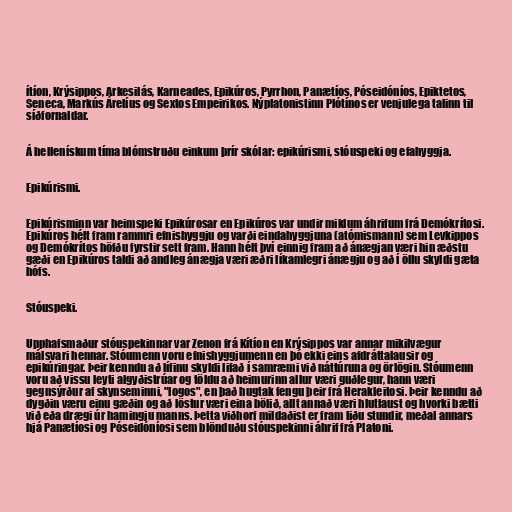
ítíon, Krýsippos, Arkesilás, Karneades, Epikúros, Pyrrhon, Panætíos, Póseidóníos, Epiktetos,
Seneca, Markús Árelíus og Sextos Empeirikos. Nýplatonistinn Plótínos er venjulega talinn til
síðfornaldar.

Á hellenískum tíma blómstruðu einkum þrír skólar: epikúrismi, stóuspeki og efahyggja.

Epikúrismi.

Epikúrisminn var heimspeki Epikúrosar en Epikúros var undir miklum áhrifum frá Demókrítosi.
Epikúros hélt fram rammri efnishyggju og varði eindahyggjuna (atómismann) sem Levkippos
og Demókrítos höfðu fyrstir sett fram. Hann hélt því einnig fram að ánægjan væri hin æðstu
gæði en Epikúros taldi að andleg ánægja væri æðri líkamlegri ánægju og að í öllu skyldi gæta
hófs.

Stóuspeki.

Upphafsmaður stóuspekinnar var Zenon frá Kítíon en Krýsippos var annar mikilvægur
málsvari hennar. Stóumenn voru efnishyggjumenn en þó ekki eins afdráttalausir og
epikúringar. Þeir kenndu að lífinu skyldi lifað í samræmi við náttúruna og örlögin. Stóumenn
voru að vissu leyti algyðistrúar og töldu að heimurinn allur væri guðlegur, hann væri
gegnsýrður af skynseminni, "logos", en það hugtak fengu þeir frá Herakleitosi. Þeir kenndu að
dygðin væru einu gæðin og að löstur væri eina bölið, allt annað væri hlutlaust og hvorki bætti
við eða drægi úr hamingju manns. Þetta viðhorf mildaðist er fram liðu stundir, meðal annars
hjá Panætíosi og Póseidóníosi sem blönduðu stóuspekinni áhrif frá Platoni.